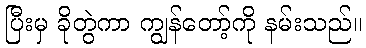
ပြီးမှ ခိုတွဲကာ ကျွန်တော့်ကို နမ်းသည်။